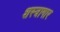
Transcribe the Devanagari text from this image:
शस्‍त्रागार